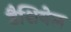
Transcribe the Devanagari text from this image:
डैशियेल